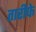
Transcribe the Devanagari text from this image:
तारीफे